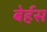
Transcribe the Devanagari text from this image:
बेर्हस